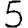
Digit: 5